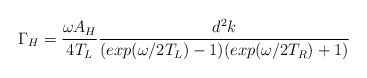
\begin{align*}\Gamma_H= \frac{\omega A_H }{4 T_L}\frac{ d^2k}{(exp(\omega/2T_L)-1)(exp(\omega/2T_R) + 1)}\end{align*}